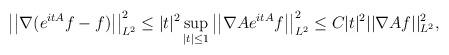
LaTeX: \begin{align*}\begin{aligned}\big| \big| \nabla (e^{itA}f-f) \big| \big|_{L^2}^2\le |t|^2\sup_{|t|\le1} \big| \big| \nabla Ae^{itA}f \big| \big|_{L^2}^2\le C|t|^2 ||\nabla Af||_{L^2}^2,\end{aligned}\end{align*}